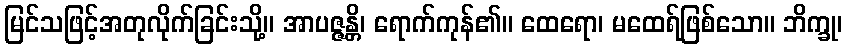
မြင်သဖြင့်အတုလိုက်ခြင်းသို့။ အာပဇ္ဇန္တိ၊ ရောက်ကုန်၏။ ထေရော၊ မထေရ်ဖြစ်သော။ ဘိက္ခု၊